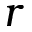
r